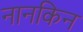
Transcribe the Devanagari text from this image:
नानकिन